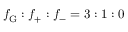
f _ { \mathrm { G } } : f _ { + } : f _ { - } = 3 : 1 : 0